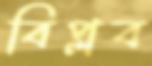
বিপ্লব